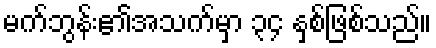
မက်ဘွန်း၏အသက်မှာ ၃၄ နှစ်ဖြစ်သည်။